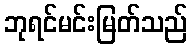
ဘုရင်မင်းမြတ်သည်